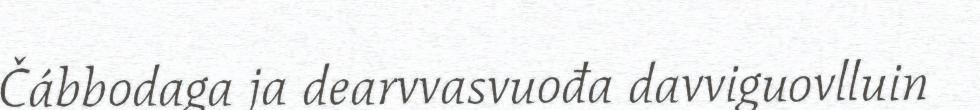
Čábbodaga ja dearvvasvuođa davviguovlluin